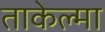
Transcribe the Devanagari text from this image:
ताकेल्मा